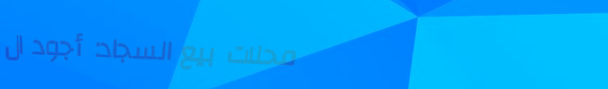
محلات بيع السجاد: أجود ال